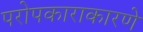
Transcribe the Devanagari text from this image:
परोपकाराकारणे